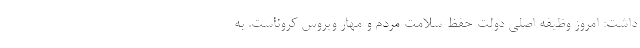
داشت: امروز وظیفه اصلی دولت حفظ سلامت مردم و مهار ویروس کروناست. به